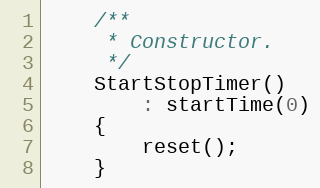
Language: C
    /**
     * Constructor.
     */
    StartStopTimer()
        : startTime(0)
    {
        reset();
    }